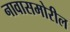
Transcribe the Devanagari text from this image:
नावासमोरील